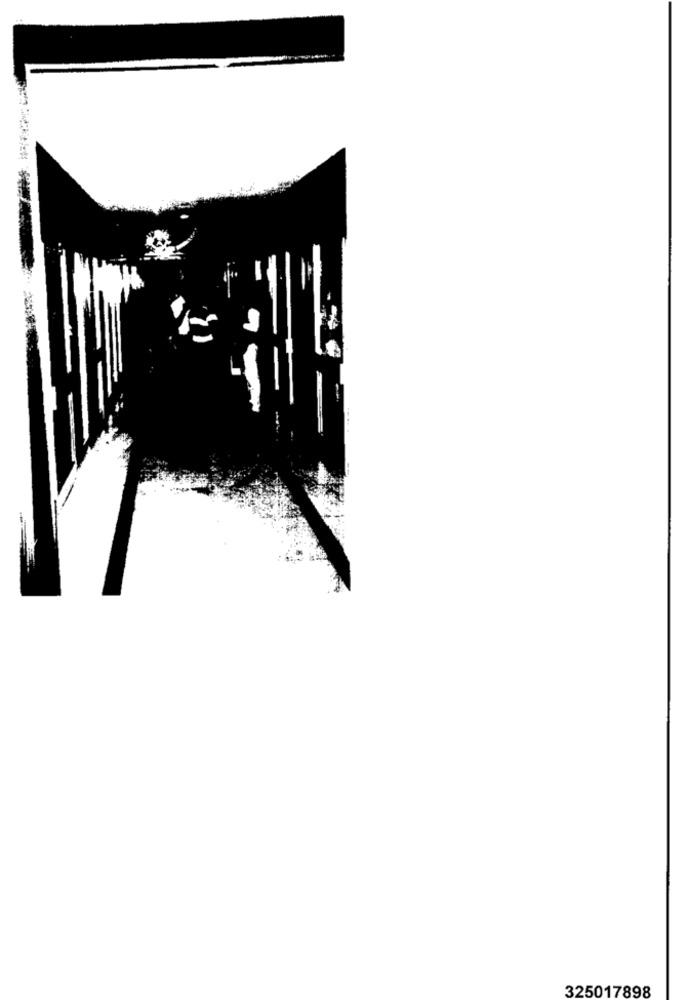
325017898